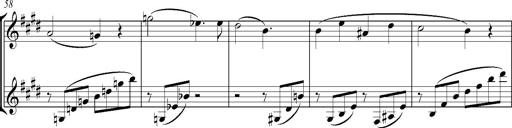
Title: Consolations
Composer: Franz Liszt